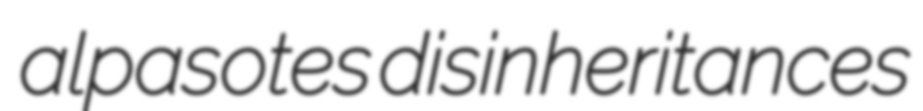
alpasotes disinheritances